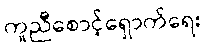
ကူညီစောင့်ရှောက်ရေး